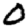
Digit: 0